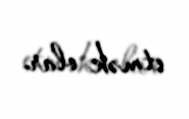
etmək olar.